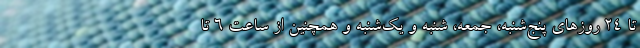
تا ۲۴ روز‌های پنج‌شنبه، جمعه، شنبه و یک‌شنبه و همچنین از ساعت ۶ تا